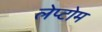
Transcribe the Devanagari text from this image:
लेप्टोम